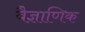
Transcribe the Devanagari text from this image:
वैज्ञाणिक